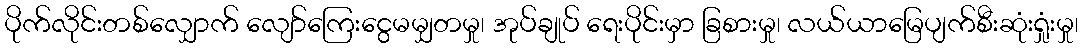
ပိုက်လိုင်းတစ်လျှောက် လျော်ကြေးငွေမမျှတမှု၊ အုပ်ချုပ် ရေးပိုင်းမှာ ခြစားမှု၊ လယ်ယာမြေပျက်စီးဆုံးရှုံးမှု၊